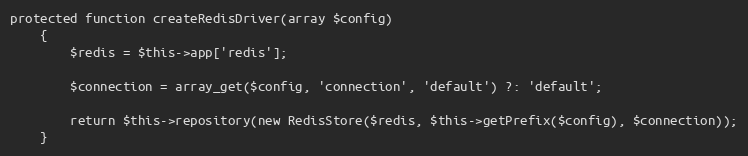
Language: PHP
protected function createRedisDriver(array $config)
	{
		$redis = $this->app['redis'];

		$connection = array_get($config, 'connection', 'default') ?: 'default';

		return $this->repository(new RedisStore($redis, $this->getPrefix($config), $connection));
	}